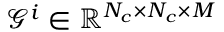
\mathcal { G } ^ { i } \in \mathbb { R } ^ { N _ { c } \times N _ { c } \times M }